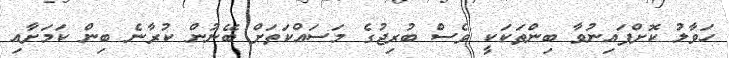
ހަވާލު ކޮށްފައިނުވާ ބިންތަކަކީ ވެސް ބުރިޖުގެ މަސައްކަތަށް ބޭނުން ކުރާނެ ބިން ކަމަށާއި